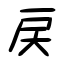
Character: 戻